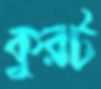
কুরট